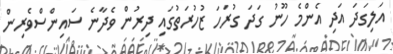
އަލިގަދަ އަދި އެންމެ ހޫނު ގަދަ ގުރަހަ ޒުހުރަތުގައި ދިރުން ވެދާނެ ސައިންސްވެރިން